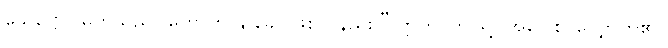
သေဋ္ဌော၊ မြတ်သည်။ ဟောတိ နု ခေါ၊ ဖြစ်သနည်း။” ဣတိ၊ ဤသို့။ အဝေါစ၊ လျှောက်၏။